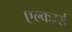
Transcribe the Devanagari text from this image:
एल्कर्म्स